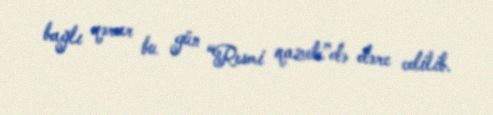
bağlı qərar bu gün “Resmi qazete”də dərc edilib.